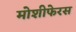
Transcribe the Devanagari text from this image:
मोशीफेरस